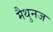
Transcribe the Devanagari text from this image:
मैथुनज